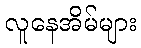
လူနေအိမ်များ